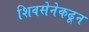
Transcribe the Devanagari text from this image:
शिवसेनेकढून